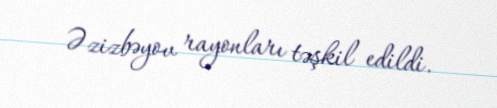
Əzizbəyov rayonları təşkil edildi.